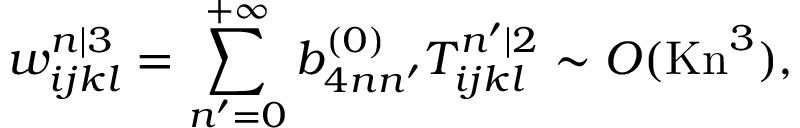
w _ { i j k l } ^ { n | 3 } = \sum _ { n ^ { \prime } = 0 } ^ { + \infty } b _ { 4 n n ^ { \prime } } ^ { ( 0 ) } T _ { i j k l } ^ { n ^ { \prime } | 2 } \sim O ( \mathrm { K n } ^ { 3 } ) ,